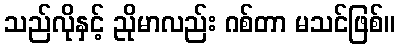
သည်လိုနှင့် ညိုမာလည်း ဂစ်တာ မသင်ဖြစ်။